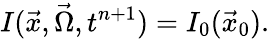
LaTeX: I(\vec{x},\vec{\Omega},t^{n+1})=I_{0}(\vec{x}_{0}).